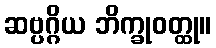
ဆဗ္ပဂ္ဂိယ ဘိက္ခုဝတ္ထု။